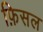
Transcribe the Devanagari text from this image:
फ़िसल